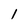
Character: l